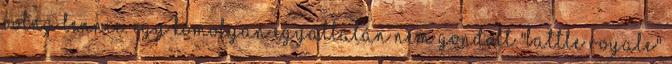
volna lennie. Egy komolyan egyáltalán nem gondolt "Battle Royale"